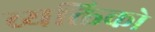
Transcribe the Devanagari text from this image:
व्यक्तिको